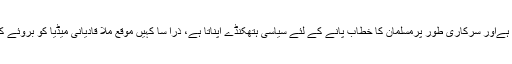
٭قادیانی فرقہ عوام میں خود کو مسلمان مشتہر کرتا ہےاور سرکاری طور پرمسلمان کا خطاب پانے کے لئے سیاسی ہتھکنڈے اپناتا ہے، ذرا سا کہیں موقع ملا قادیانی میڈیا کو بروئے کار لاتے ہوئے دنیا بھر میں اس کا پرچار کرتا ہے۔